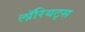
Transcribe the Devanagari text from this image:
लॉरियट्स